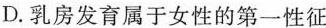
D.乳房发育属于女性的第一性征